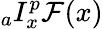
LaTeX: {}_{a}I_{x}^{p}\mathcal{F}(x)